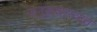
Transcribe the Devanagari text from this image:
जनुकशास्त्रात